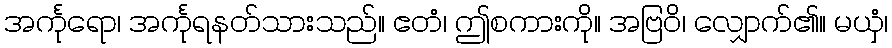
အင်္ကုရော၊ အင်္ကုရနတ်သားသည်။ ဧတံ၊ ဤစကားကို။ အဗြဝိ၊ လျှောက်၏။ မယှံ၊